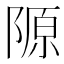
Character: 𨻣